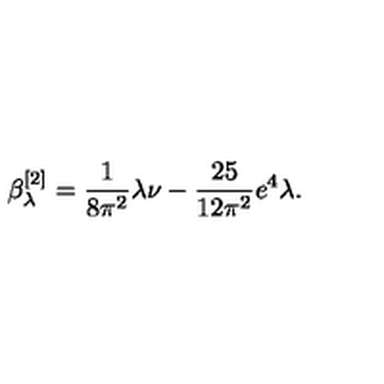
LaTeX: \beta _ { \lambda } ^ { [ 2 ] } = \frac { 1 } { 8 \pi ^ { 2 } } \lambda \nu - \frac { 2 5 } { 1 2 \pi ^ { 2 } } e ^ { 4 } \lambda .